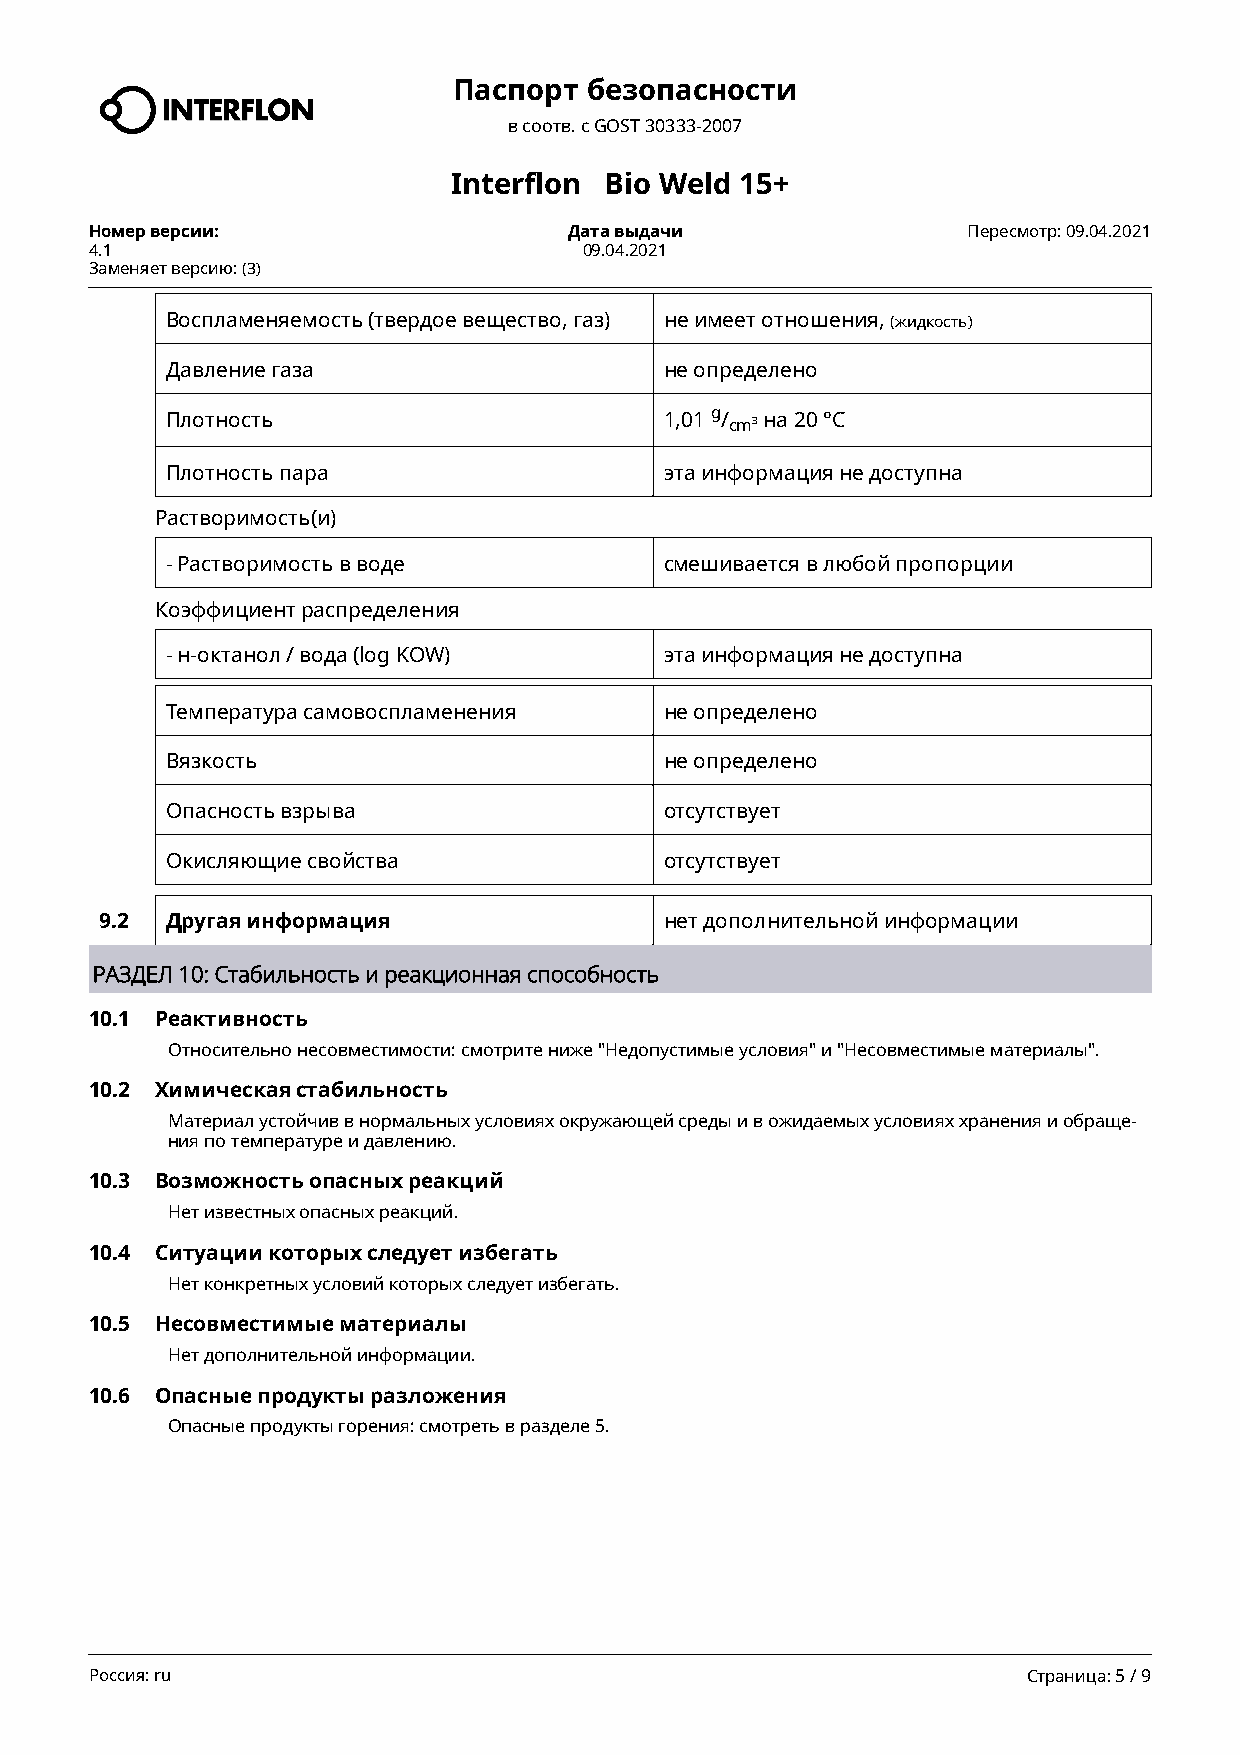
Паспорт  безопасности
 в соотв. c GOST 30333-2007
 Interflon Bio Weld 15+
 Номер версии:                   Дата выдачи               Пересмотр: 09.04.2021
 4.1                              09.04.2021
 Заменяет версию: (3)
 Воспламеняемость (твердое вещество, газ) не имеет отношения, (жидкость)
 Давление газа                    не определено
 Плотность                        1,01 g/ на 20 °C
 cm³
 Плотность пара                   эта информация не доступна
 Растворимость(и)
 - Растворимость в воде           смешивается в любой пропорции
 Коэффициент распределения
 - н-октанол / вода (log KOW)     эта информация не доступна
 Температура самовоспламенения    не определено
 Вязкость                         не определено
 Опасность взрыва                 отсутствует
 Окисляющие свойства              отсутствует
 9.2 Другая информация                нет дополнительной информации
 РАЗДЕЛ 10: Стабильность и реакционная способность
 10.1 Реактивность
 Относительно несовместимости: смотрите ниже "Недопустимые условия" и "Несовместимые материалы".
 10.2 Химическая стабильность
 Материал устойчив в нормальных условиях окружающей среды и в ожидаемых условиях хранения и обраще-
 ния по температуре и давлению.
 10.3 Возможность опасных реакций
 Нет известных опасных реакций.
 10.4 Ситуации которых следует избегать
 Нет конкретных условий которых следует избегать.
 10.5 Несовместимые материалы
 Нет дополнительной информации.
 10.6 Опасные продукты разложения
 Опасные продукты горения: смотреть в разделе 5.
 Россия: ru                                                    Страница: 5 / 9